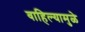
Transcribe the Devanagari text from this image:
वाहिल्यामुळे